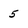
Character: 5